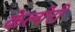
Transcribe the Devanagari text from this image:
केल्गेरी